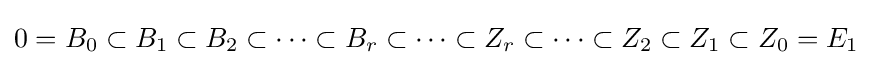
0=B_{0}\subset B_{1}\subset B_{2}\subset \dots \subset B_{r}\subset \dots \subset Z_{r}\subset \dots \subset Z_{2}\subset Z_{1}\subset Z_{0}=E_{1}